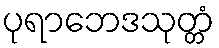
ပုရာဘေဒသုတ္တံ